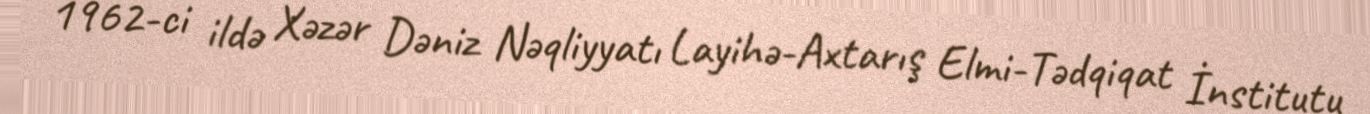
1962-ci ildə Xəzər Dəniz Nəqliyyatı Layihə-Axtarış Elmi-Tədqiqat İnstitutu